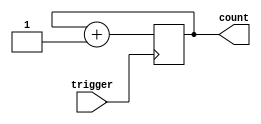
module Counter(
  input trigger,
  output reg [31:0] count
);

always @(posedge trigger) begin
  count <= count + 1;
end

endmodule